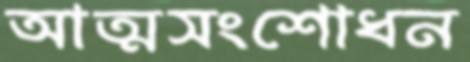
আত্মসংশোধন